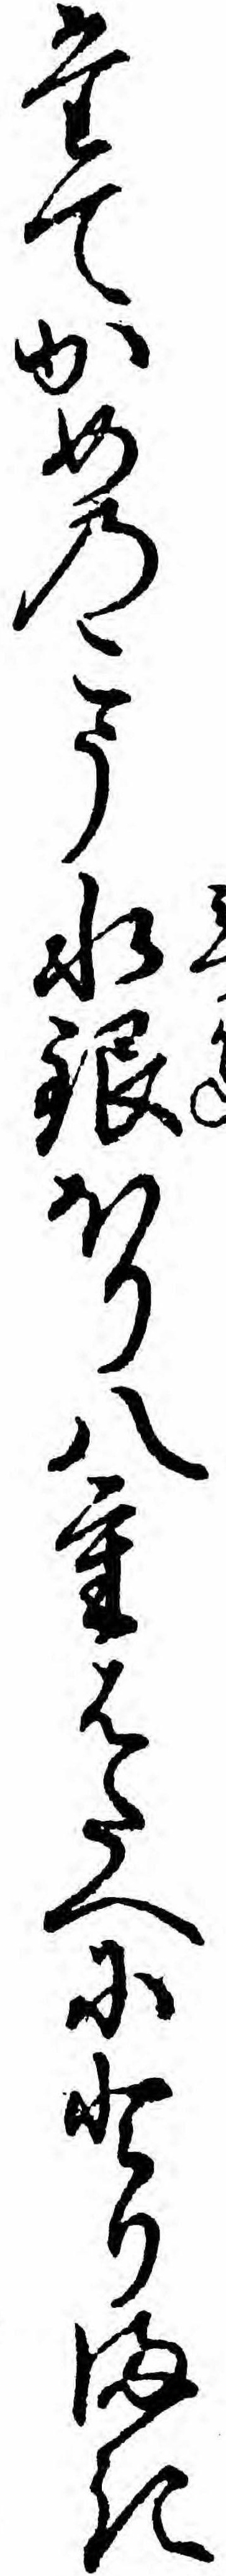
たてかめのこう水銀ほり八重はたへにとりまき